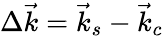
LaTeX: \Delta\vec{k}=\vec{k}_{s}-\vec{k}_{c}